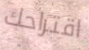
اقتراحك